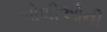
બોલીઓની